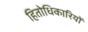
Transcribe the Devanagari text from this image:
हितोधिकारियों